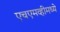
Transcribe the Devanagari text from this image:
एचएमव्हीमध्ये